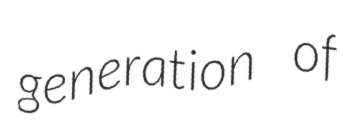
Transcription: generation of